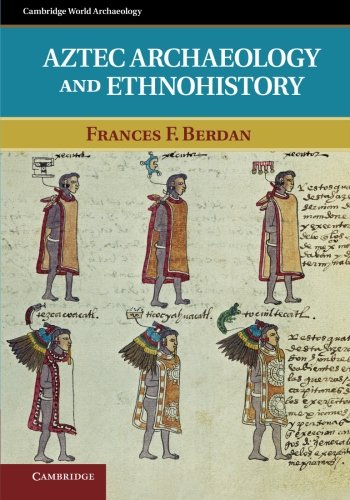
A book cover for Aztec Archaeology and Ethnohistory (Cambridge World Archaeology); Frances F. Berdan; History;